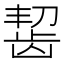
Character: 𫜩